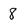
Character: 8